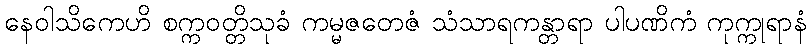
နေဝါသိကေဟိ စက္ကဝတ္တိသုခံ ကမ္မဇတေဇံ သံသာရကန္တာရာ ပါပဏိကံ ကုက္ကုရာနံ